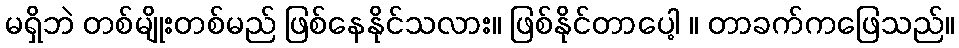
မရှိဘဲ တစ်မျိုးတစ်မည် ဖြစ်နေနိုင်သလား။ ဖြစ်နိုင်တာပေါ့ ။ တာခက်ကဖြေသည်။